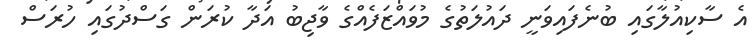
އެ ސާކިއުލާގައި ބުނެފައިވަނީ ދައުލަތުގެ މުވައްޒަފެއްގެ ވާޖިބު އަދާ ކުރަން ގަސްދުގައި ހުރަސް